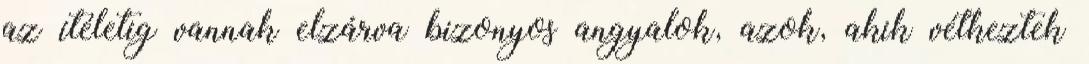
az ítéletig vannak elzárva bizonyos angyalok, azok, akik vétkeztek